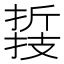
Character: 𢴛